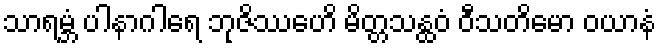
သာရမ္ဘံ ပါနာဂါရေ ဘုဇိဿေဟိ မိတ္တသန္ထဝံ ဝီသတိမော ဝယာနံ